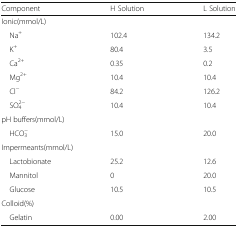
<table><thead><tr><td><b>Component</b></td><td><b>H Solution</b></td><td><b>L Solution</b></td></tr></thead><tbody><tr><td colspan="3">Ionic(mmol/L)</td></tr><tr><td> Na<sup>+</sup></td><td>102.4</td><td>134.2</td></tr><tr><td> K<sup>+</sup></td><td>80.4</td><td>3.5</td></tr><tr><td> Ca<sup>2+</sup></td><td>0.35</td><td>0.2</td></tr><tr><td> Mg<sup>2+</sup></td><td>10.4</td><td>10.4</td></tr><tr><td> Cl<sup>−</sup></td><td>84.2</td><td>126.2</td></tr><tr><td> SO<sub>4</sub><sup>2−</sup></td><td>10.4</td><td>10.4</td></tr><tr><td colspan="3">pH buffers(mmol/L)</td></tr><tr><td> HCO<sub>3</sub><sup>−</sup></td><td>15.0</td><td>20.0</td></tr><tr><td colspan="3">Impermeants(mmol/L)</td></tr><tr><td> Lactobionate</td><td>25.2</td><td>12.6</td></tr><tr><td> Mannitol</td><td>0</td><td>20.0</td></tr><tr><td> Glucose</td><td>10.5</td><td>10.5</td></tr><tr><td colspan="3">Colloid(%)</td></tr><tr><td> Gelatin</td><td>0.00</td><td>2.00</td></tr></tbody></table>